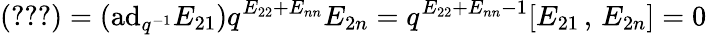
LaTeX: (\ref{2})=(\mathrm{ad}_{q^{-1}}E_{21})q^{E_{22}+E_{nn}}E_{2n}=q^{E_{22}+E_{nn}-1}[E_{21}\, ,\, E_{2n}]=0